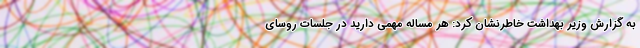
به گزارش وزیر بهداشت خاطرنشان کرد: هر مساله مهمی دارید در جلسات روسای